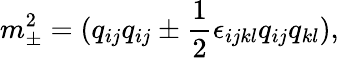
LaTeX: m_{\pm}^{2}=(q_{ij}q_{ij}\pm{\frac{1}{2}}\epsilon_{ijkl}q_{ij}q_{kl}),